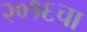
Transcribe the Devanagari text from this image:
२०१६चा